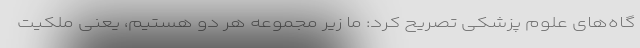
گاه‌های علوم پزشکی تصریح کرد: ما زیر مجموعه هر دو هستیم، یعنی ملکیت